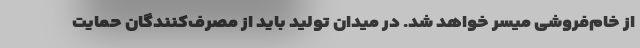
از خام‌فروشی میسر خواهد شد. در میدان تولید باید از مصرف‌کنندگان حمایت